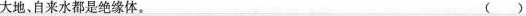
大地、自来水都是绝缘体。 ()